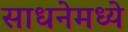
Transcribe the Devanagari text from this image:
साधनेमध्ये